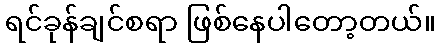
ရင်ခုန်ချင်စရာ ဖြစ်နေပါတော့တယ်။